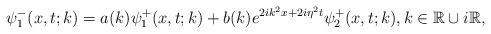
\begin{align*}\psi_1^-(x,t;k)=a(k)\psi_1^+(x,t;k)+b(k) e^{2ik^2x+2i \eta^2t} \psi_2^+(x,t;k), k \in \mathbb{R} \cup i\mathbb{R},\end{align*}